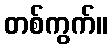
တစ်ကွက်။